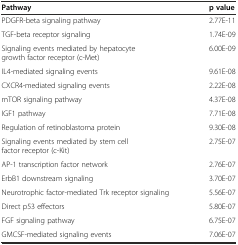
| Pathway | p value |
 | --- | --- |
 | PDGFR-beta signaling pathway | 2.77E-11 |
 | TGF-beta receptor signaling | 1.74E-09 |
 | Signaling events mediated by hepatocyte growth factor receptor (c-Met) | 6.00E-09 |
 | IL4-mediated signaling events | 9.61E-08 |
 | CXCR4-mediated signaling events | 2.22E-08 |
 | mTOR signaling pathway | 4.37E-08 |
 | IGF1 pathway | 7.71E-08 |
 | Regulation of retinoblastoma protein | 9.30E-08 |
 | Signaling events mediated by stem cell factor receptor (c-Kit) | 2.75E-07 |
 | AP-1 transcription factor network | 2.76E-07 |
 | ErbB1 downstream signaling | 3.70E-07 |
 | Neurotrophic factor-mediated Trk receptor signaling | 5.56E-07 |
 | Direct p53 effectors | 5.80E-07 |
 | FGF signaling pathway | 6.75E-07 |
 | GMCSF-mediated signaling events | 7.06E-07 |